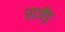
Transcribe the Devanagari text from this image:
राजेंड्र